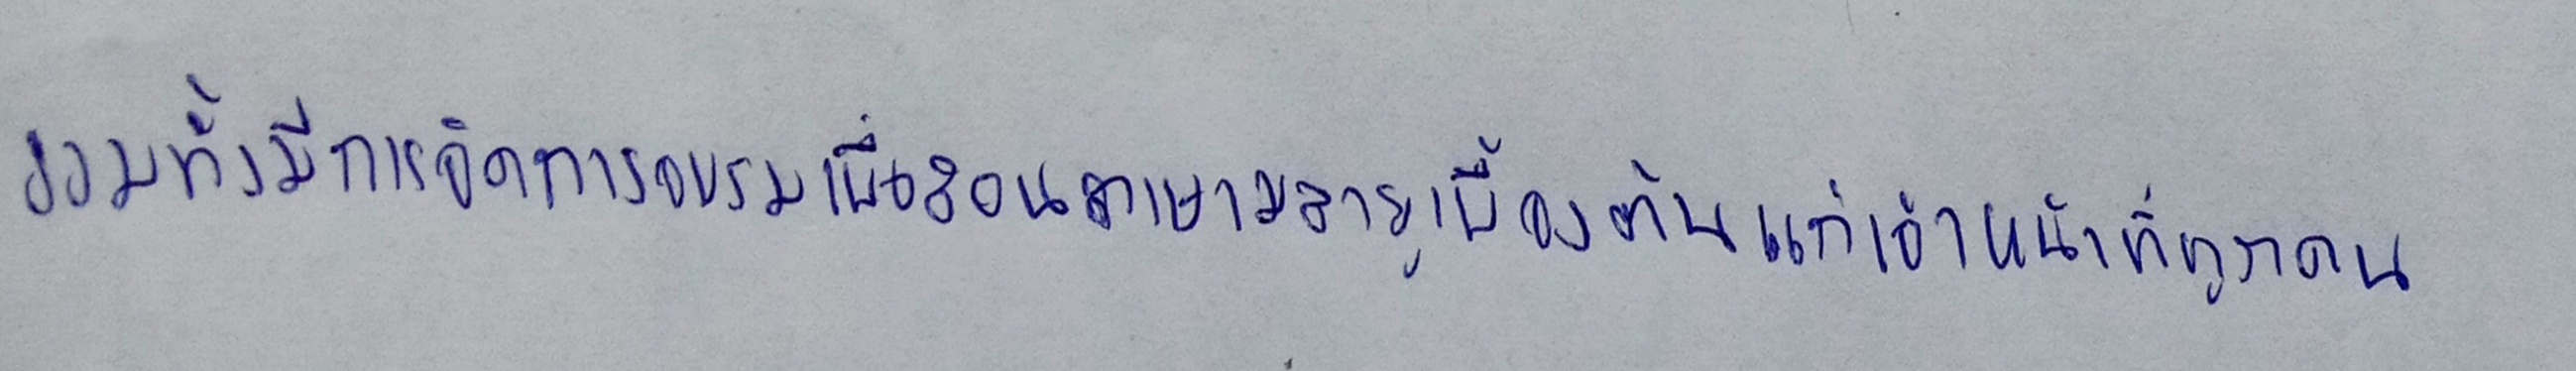
รวมทั้งมีการจัดการอบรมเพื่อสอนภาษามลายูเบื้องต้นแก่เจ้าหน้าที่ทุกคน